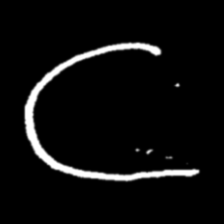
Pyu character \u2014 Myanmar letter: ဋ (romanized: tta)